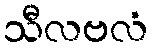
သီလဗလံ